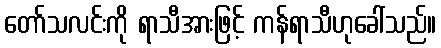
တော်သလင်းကို ရာသီအားဖြင့် ကန်ရာသီဟုခေါ်သည်။